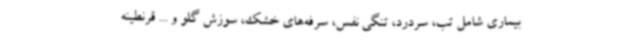
بیماری شامل تب، سردرد، تنگی نفس، سرفه‌های خشک، سوزش گلو و ... قرنطینه